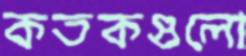
কতকগুলো